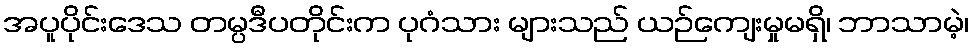
အပူပိုင်းဒေသ တမ္ပဒီပတိုင်းက ပုဂံသား များသည် ယဉ်ကျေးမှုမရှိ၊ ဘာသာမဲ့၊